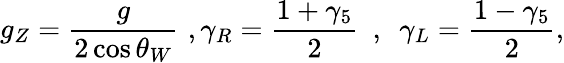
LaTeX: g_{Z}={\frac{g}{2\cos\theta_{W}}}\, \, ,\gamma_{R}={\frac{1+\gamma_{5}}{2}}\, \, \, ,\, \, \, \gamma_{L}={\frac{1-\gamma_{5}}{2}},